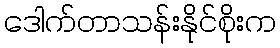
ဒေါက်တာသန်းနိုင်စိုးက